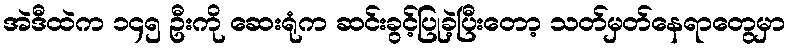
အဲဒီထဲက ၁၄၅ ဦးကို ဆေးရုံက ဆင်းခွင့်ပြုခဲ့ပြီးတော့ သတ်မှတ်နေရာတွေမှာ